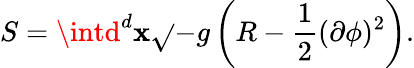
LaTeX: S=\intd^{d}\mathbf{x}\sqrt{}{{-g}}\left(R-\frac{{1}}{{2}}(\partial\phi)^{2}\right).